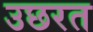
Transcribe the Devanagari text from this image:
उछरत